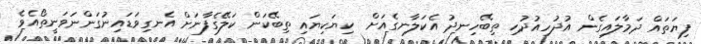
ފިޔަތައް ދަމާލައިގެން އުދުހިއުދުހި ތިބޭހިނދު އެކަލާނގެއަށް  ކިޔަކިޔައި ތިބޭކަން ކަލޭގެފާނަށް އެނގިވަޑައިނުގަންނަވަނީތޯއެވެ